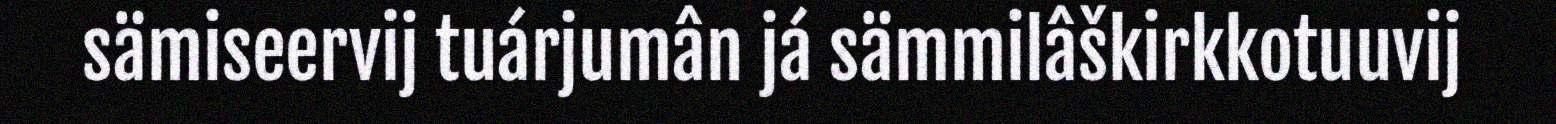
sämiseervij tuárjumân já sämmilâškirkkotuuvij